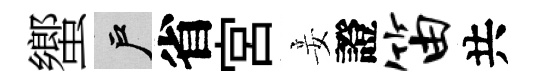
蠁户省宮妾證笛共